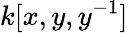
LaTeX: k[x,y,y^{-1}]